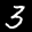
Label: 3